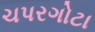
ચપરગોટા